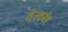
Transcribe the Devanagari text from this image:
देखके